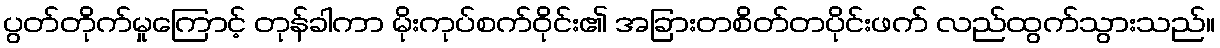
ပွတ်တိုက်မှုကြောင့် တုန်ခါကာ မိုးကုပ်စက်ဝိုင်း၏ အခြားတစိတ်တပိုင်းဖက် လည်ထွက်သွားသည်။